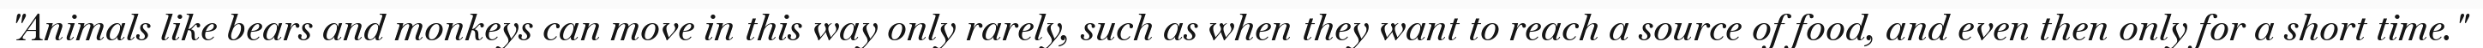
"Animals like bears and monkeys can move in this way only rarely, such as when they want to reach a source of food, and even then only for a short time."